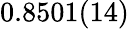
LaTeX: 0.8501(14)